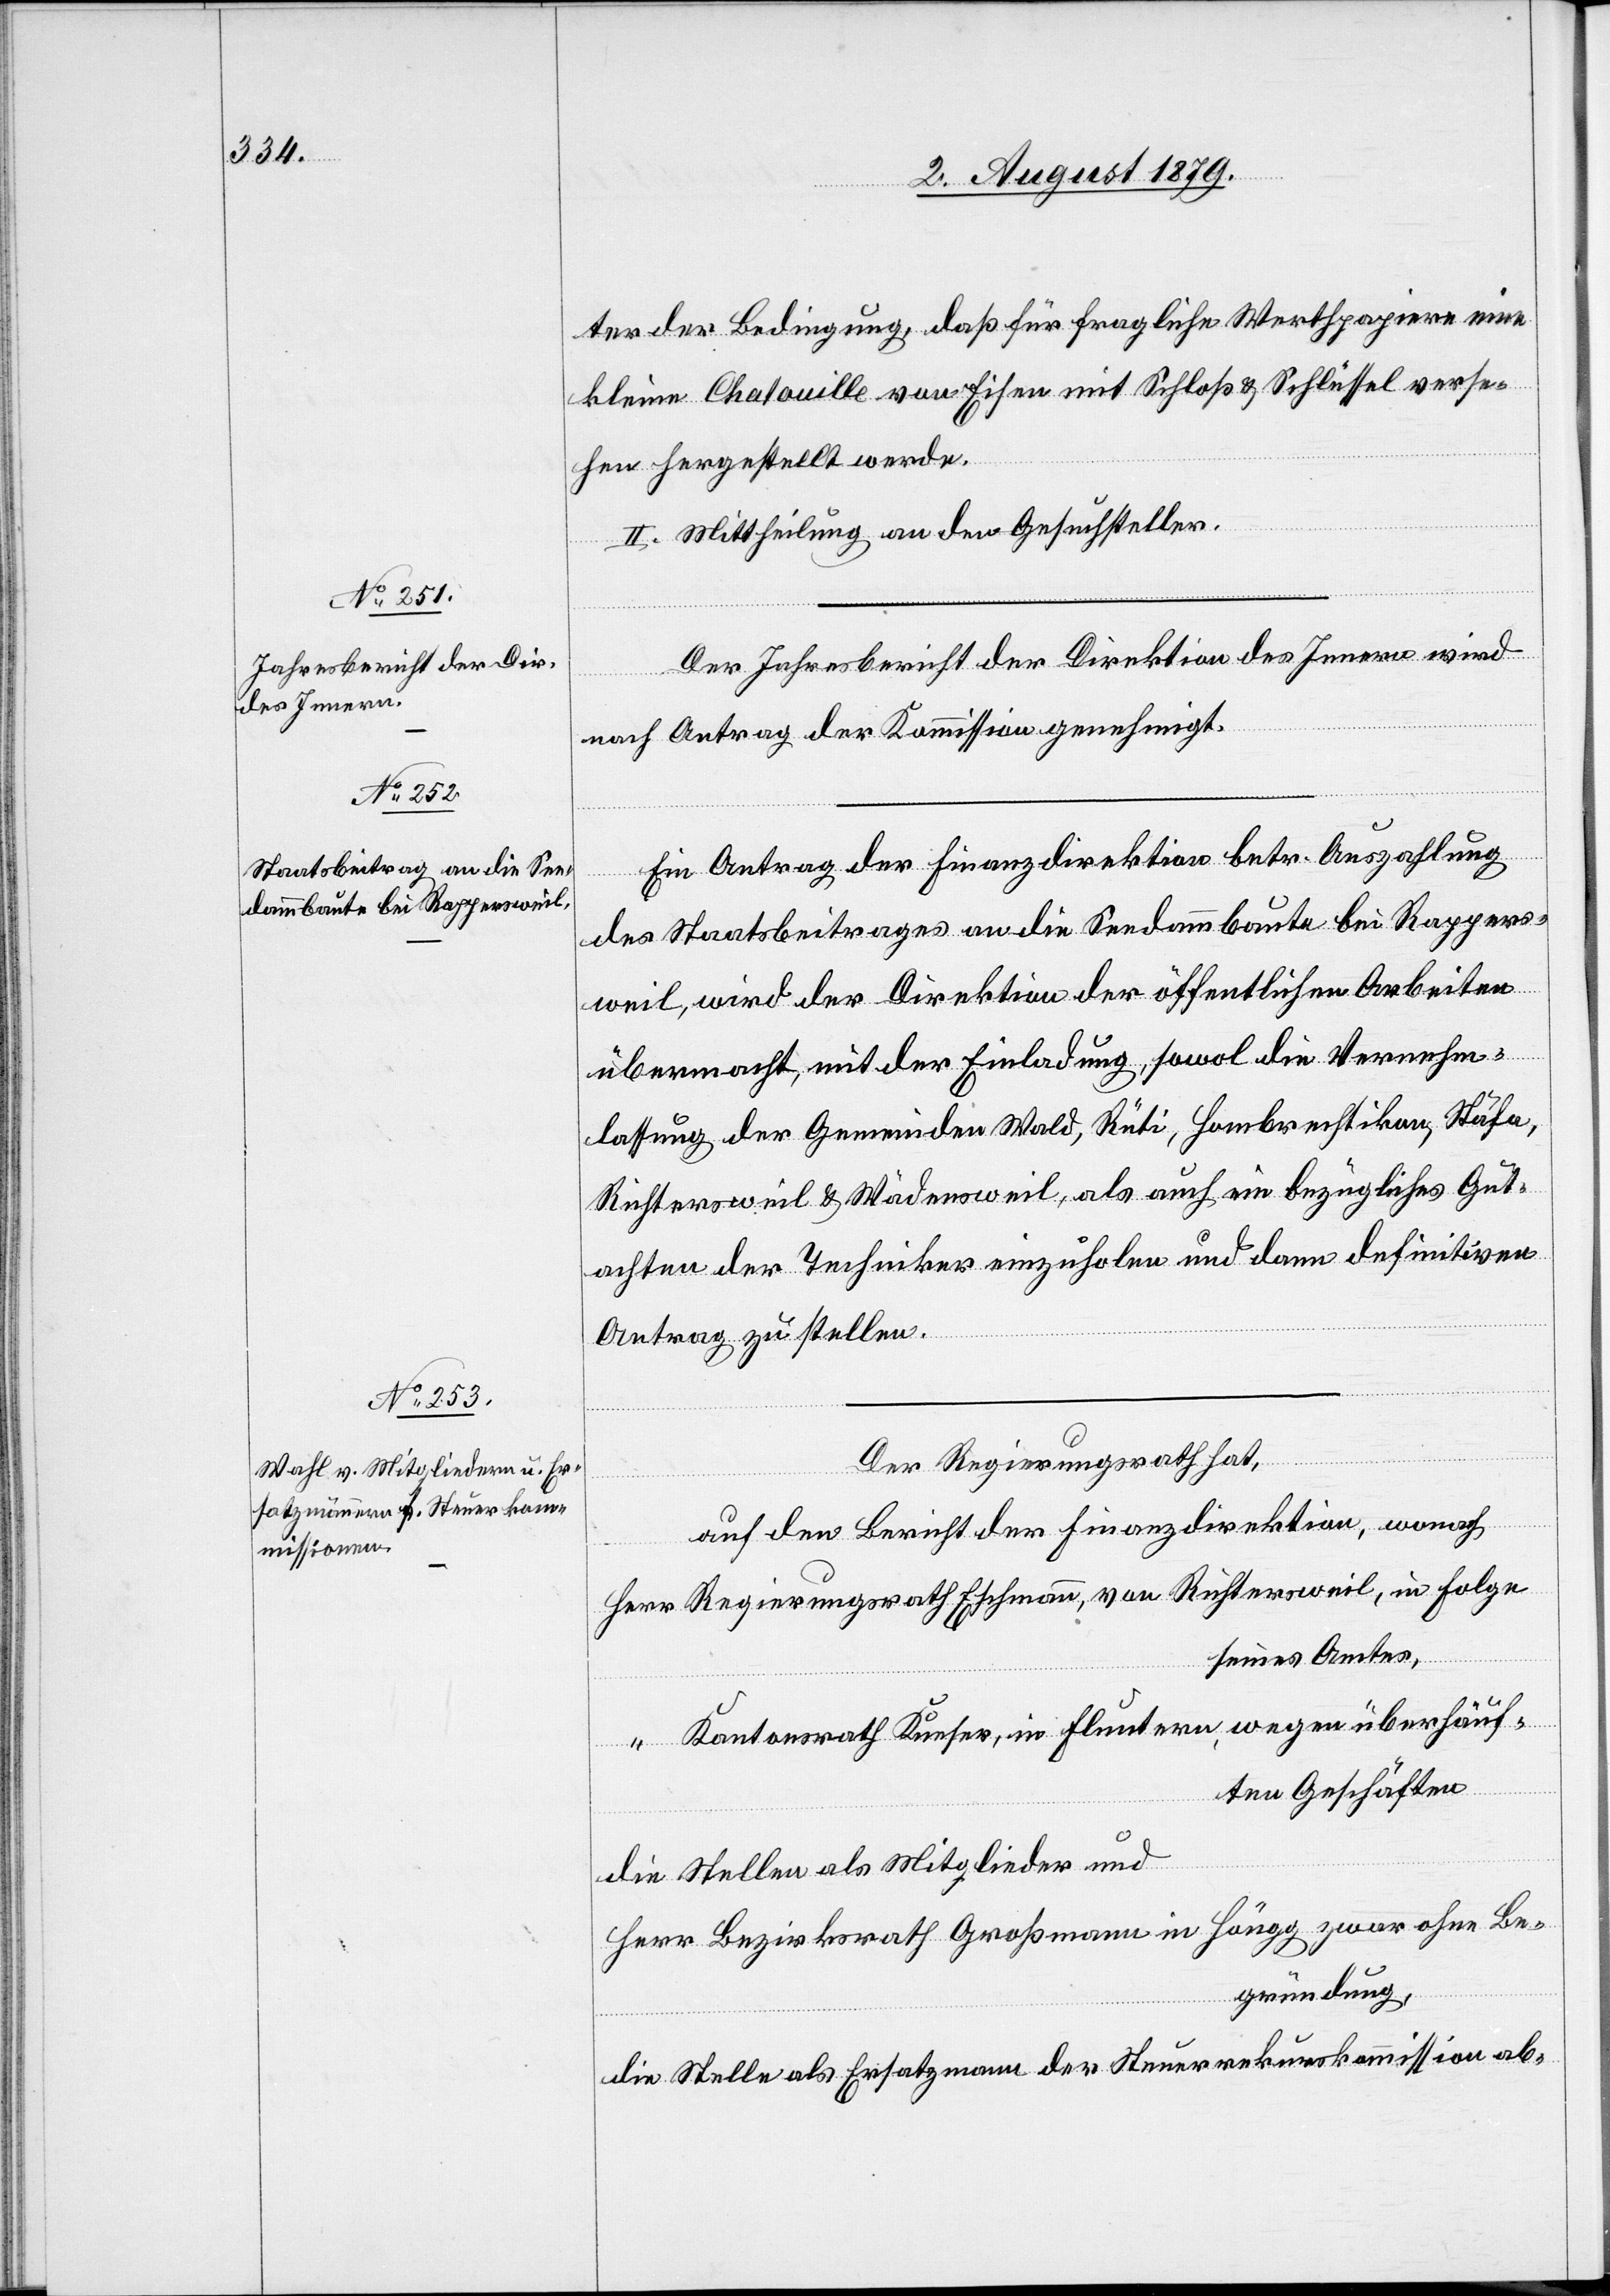
ter der Bedingung, daß für fragliche Werthpapiere eine
kleine Chatouille von Eisen mit Schloß & Schlüssel verse¬
hen hergestellt werde.
II. Mittheilung an den Gesuchsteller.
Der Jahresbericht der Direktion des Innern wird
nach Antrag der Kommission genehmigt.
Ein Antrag der Finanzdirektion betr. Auszahlung
des Staatsbeitrages an die Seedammsbaute bei Rappers¬
weil, wird der Direktion der öffentlichen Arbeiten
übermacht, mit der Einladung, sowol die Vernehm¬
lassung der Gemeinde Wald, Rüti, Hombrechtikon, Stäfa,
Richtersweil & Wädensweil, als auch ein bezügliches Gut¬
achten der Techniker einzuholen und dann definitiven
Antrag zu stellen.
Der Regierungsrath hat,
auf den Bericht der Finanzdirektion, wonach
Herr Regierungsrath Eschmann, von Richtersweil, in Folge
seines Amtes,
“ Kantonsrath Kueser, in Fluntern, wegen überhäuf¬
ten Geschäften
die Stelle als Mitglieder und
Herr Bezirksrath Großmann in Höngg zwar ohne Be¬
gründung,
die Stelle als Ersatzmann der Steuerrekurskommission ab-